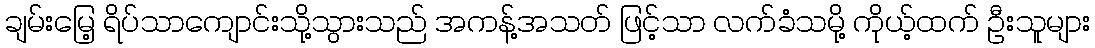
ချမ်းမြေ့ ရိပ်သာကျောင်းသို့သွားသည် အကန့်အသတ် ဖြင့်သာ လက်ခံသမို့ ကိုယ့်ထက် ဦးသူများ